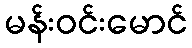
မန်းဝင်းမောင်